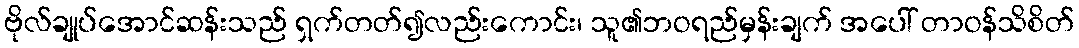
ဗိုလ်ချုပ်အောင်ဆန်းသည် ရှက်တတ်၍လည်းကောင်း၊ သူ၏ဘဝရည်မှန်းချက် အပေါ် တာဝန်သိစိတ်